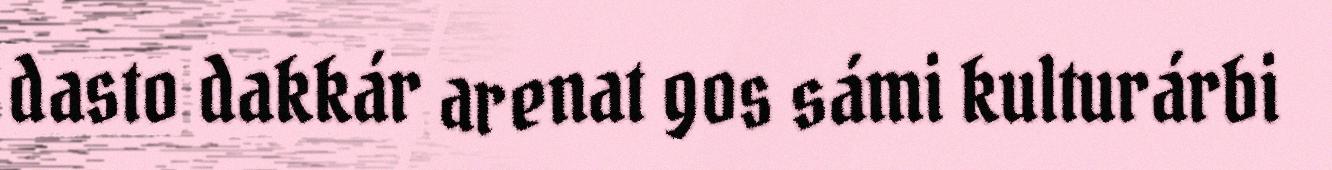
dasto dakkár arenat gos sámi kulturárbi